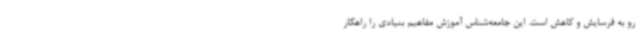
رو به فرسایش و کاهش است. این جامعه‌شناس آموزش مفاهیم بنیادی را راهکار